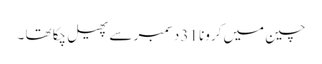
چین میں کرونا 31 دسمبر سے پھیل چکا تھا ۔